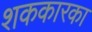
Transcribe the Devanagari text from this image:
शककारका